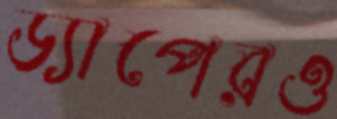
ড্যাপেরও